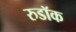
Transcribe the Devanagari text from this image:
रुडॉक